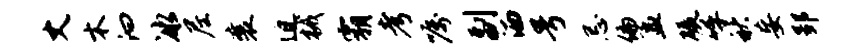
丈木汩冰尼襄迫械霸考嘱副洒号忌偏孟碾呼秋妄郢